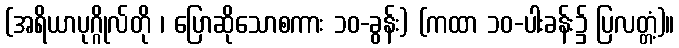
(အရိယာပုဂ္ဂိုလ်တို ၊ ပြောဆိုသောစကား ၁၀-ခွန်း) (ကထာ ၁၀-ပါးခန်း၌ ပြလတ္တံ့)။